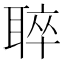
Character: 𦖒